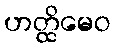
ဟတ္ထိမေဝ